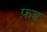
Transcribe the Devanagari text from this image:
फ़ड